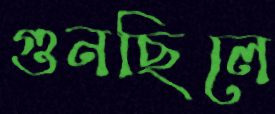
গুনছিলে